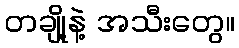
တချို့နဲ့ အသီးတွေ။